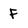
Character: F